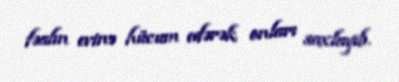
fəalın evinə hücum edərək onları saxlayıb.